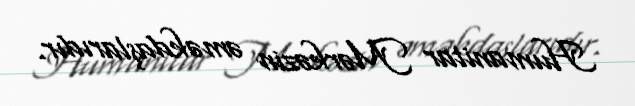
Humanitar Mərkəzin əməkdaşlarıdır.